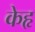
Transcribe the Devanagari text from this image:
केहृ